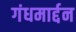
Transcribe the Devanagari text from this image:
गंधमार्द्दन